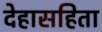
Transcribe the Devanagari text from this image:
देहासहिता